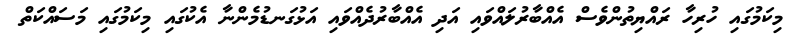
މިކަމުގައި ހުރިހާ ރައްޔިތުންވެސް އެއްބާރުލައްވައި އަދި އެއްބާރުދެއްވައި އަޅުގަނޑުމެންނާ އެކުގައި މިކަމުގައި މަސައްކަތް